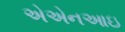
એએનઆઇ